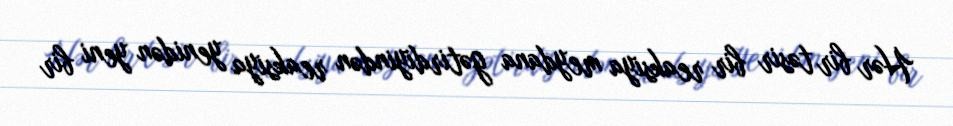
Hər bir təsir bir reaksiya meydana gətirdiyindən reaksiya yenidən yeni bir